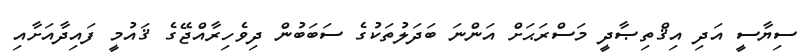
ސިޔާސީ އަދި އިޤްތިޞާދީ މަސްރަޙަށް އަންނަ ބަދަލުތަކުގެ ސަބަބުން ދިވެހިރާއްޖޭގެ ޤައުމީ ފައިދާއަށާއި